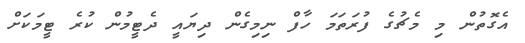
އެގޮތުން މި މެޗުގެ ފުރަތަމަ ހާފް ނިމިގެން ދިޔައީ ދެޓީމުން ކުރެ ޓީމަކަށް